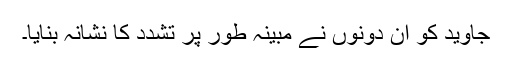
جاوید کو ان دونوں نے مبینہ طور پر تشدد کا نشانہ بنایا۔